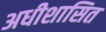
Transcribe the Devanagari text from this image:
अधीशासित